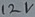
Text: 12V